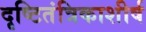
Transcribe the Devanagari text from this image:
दृष्टितंत्रिकाशीर्ष